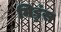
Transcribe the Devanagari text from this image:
मिड्डंस